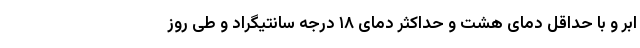
ابر و با حداقل دمای هشت و حداکثر دمای ۱۸ درجه سانتیگراد و طی روز